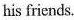
his friends.